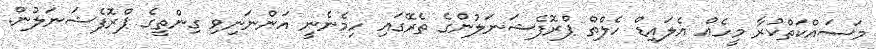
މަސައްކަތްކުރާ މީހެއް އެލައިޑް ހެލްތް ޕްރޮފެޝަނަލުންގެ ތެރޭގައި ހިމެނެނީ އަންނަނިވި ގިންތީގެ ޕްރޮފެޝަނަލުން.